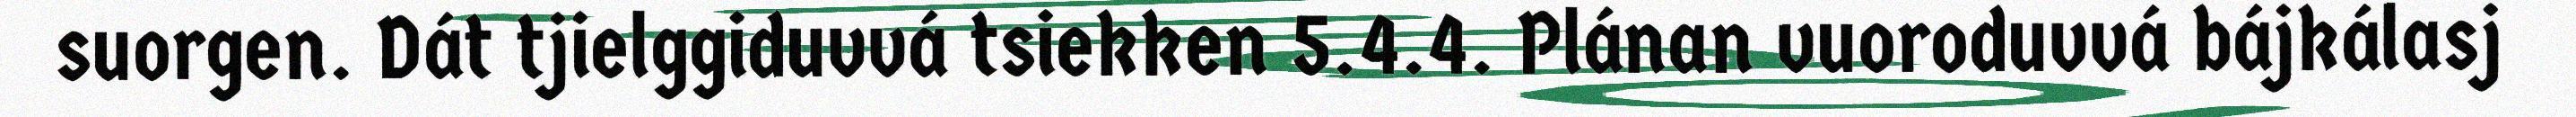
suorgen. Dát tjielggiduvvá tsiekken 5.4.4. Plánan vuoroduvvá bájkálasj